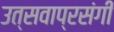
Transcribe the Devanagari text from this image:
उत्सवाप्रसंगी